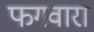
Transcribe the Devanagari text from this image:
फगवारा